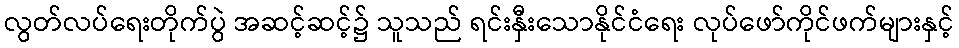
လွတ်လပ်ရေးတိုက်ပွဲ အဆင့်ဆင့်၌ သူသည် ရင်းနှီးသောနိုင်ငံရေး လုပ်ဖော်ကိုင်ဖက်များနှင့်